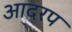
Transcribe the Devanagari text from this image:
आदरप